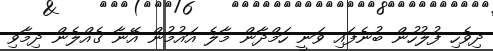
ދިވެހި ފުލުހުން ބުނެފައި ވަނީ ހަމްދާން މާލެ އައުމުން އޭނާ ގެއްލެން ދިމާވި